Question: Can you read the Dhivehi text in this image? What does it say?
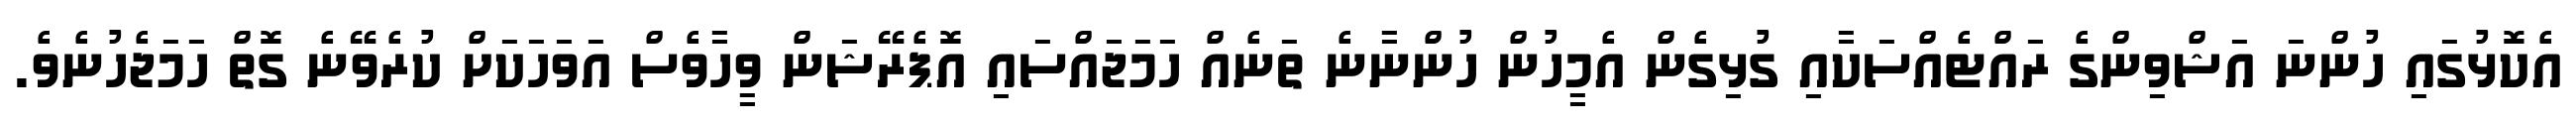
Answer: އެކޮޅުގައި ހުންނަ އަޝްވިންގެ ރައްޓެއްސަކާއި ގުޅިގެން އެމީހުން ހުންނާނެ ތަނެއް ހަމަޖައްސައި އޮޕެރޭޝަން ވީހާވެސް އަވަހަކަށް ކުރެވޭނެ ގޮތް ހަމަޖެހުނެވެ.